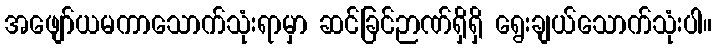
အဖျော်ယမကာသောက်သုံးရာမှာ ဆင်ခြင်ဉာဏ်ရှိရှိ ရွေးချယ်သောက်သုံးပါ။